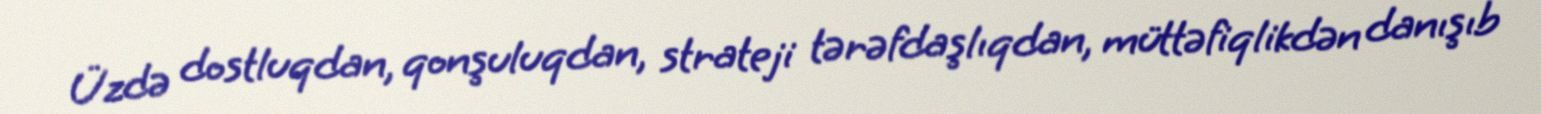
Üzdə dostluqdan, qonşuluqdan, strateji tərəfdaşlıqdan, müttəfiqlikdən danışıb